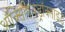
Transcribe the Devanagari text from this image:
ऑक्सिहायड्रॉक्साइड